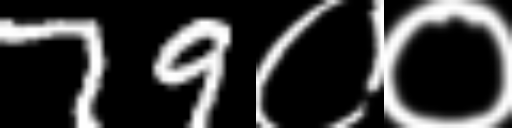
Text: 79००